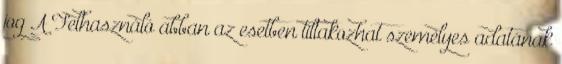
jog A Felhasználó abban az esetben tiltakozhat személyes adatának